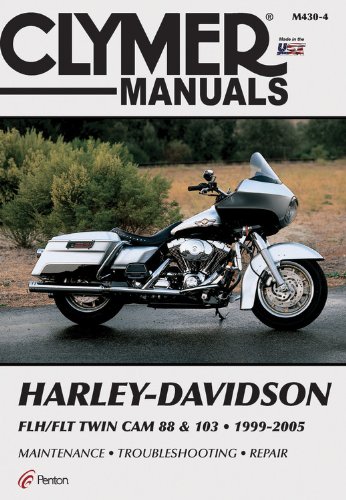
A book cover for Harley-Davidson FLH/FLT Twin Cam 88 & 103 1999-2005 (Clymer Color Wiring Diagrams); Penton Staff; Engineering & Transportation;